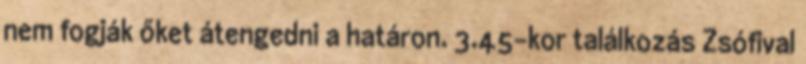
nem fogják őket átengedni a határon. 3.45-kor találkozás Zsófival